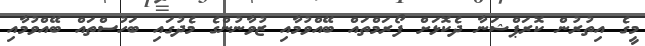
މީގެ އިތުރުން ކޮރަޕްޝަނާ ދެކޮޅަށް ފޯރަމްތައް ބޭއްވުމާއި ޒުވާނުންގެ މެދުގައި ބަހުސްތައް ބޭއްވުމާއި